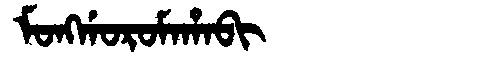
Manchu: ᠮᠣᠩᡤᠣᡵᠣᠮᠠᡥᠠᠪᡳ
Romanization: MONGGOROMAHABI